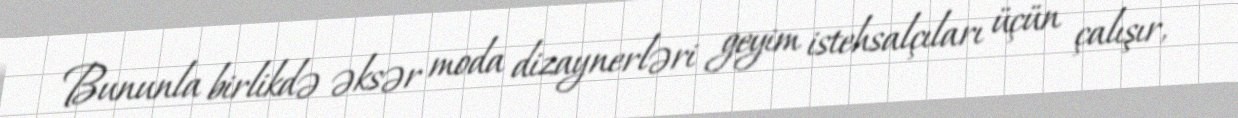
Bununla birlikdə əksər moda dizaynerləri geyim istehsalçıları üçün çalışır,